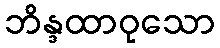
ဘိန္ဒထာဝုသော